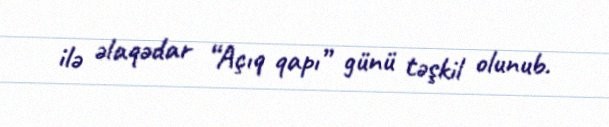
ilə əlaqədar “Açıq qapı” günü təşkil olunub.